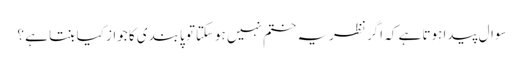
سوال پیدا ہوتا ہے کہ اگر نظریہ ختم نہیں ہوسکتاتو پابندی کا جواز کیا بنتا ہے ؟